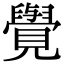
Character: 𮗜